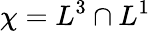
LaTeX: \chi=L^{3}\cap L^{1}